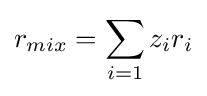
r_{mix}=\sum _{i=1}z_{i}r_{i}